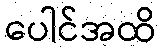
ပေါင်အထိ